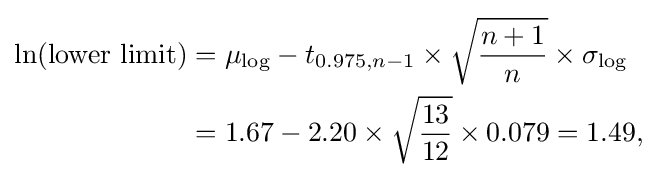
{\begin{aligned}\ln({\text{lower limit}})&=\mu _{\log }-t_{0.975,n-1}\times {\sqrt {\frac {n+1}{n}}}\times \sigma _{\log }\\&=1.67-2.20\times {\sqrt {\frac {13}{12}}}\times 0.079=1.49,\end{aligned}}